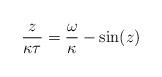
LaTeX: \begin{align*}\frac{z}{\kappa\tau}=\frac{\omega}{\kappa}-\sin(z)\end{align*}